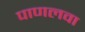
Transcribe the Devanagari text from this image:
पाणलवा